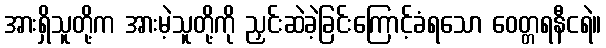
အားရှိသူတို့က အားမဲ့သူတို့ကို ညှင်းဆဲခဲ့ခြင်းကြောင့်ခံရသော ဝေတ္တရနီငရဲ။